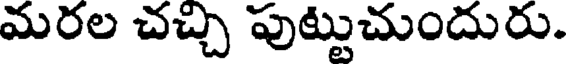
మరల చచ్చి పుట్టుచుందురు.